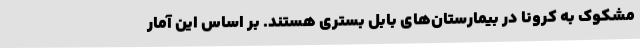
مشکوک به کرونا در بیمارستان‌های بابل بستری هستند. بر اساس این آمار